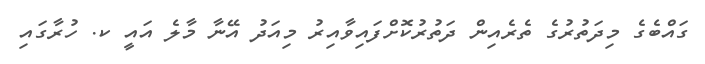
ގައްބެގެ މިދަތުރުގެ ތެރެއިން ދަތުރުކޮށްފައިވާއިރު މިއަދު އޭނާ މާލެ އައީ ކ. ހުރާގައި